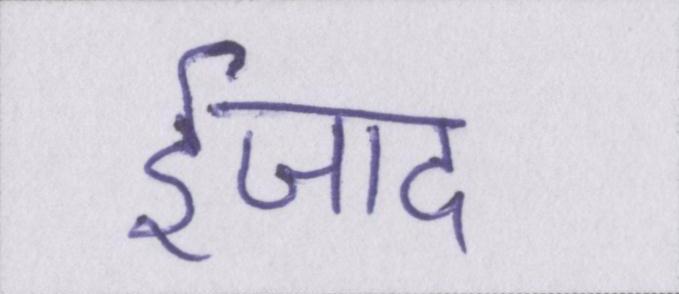
ईजाद